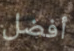
أفضل